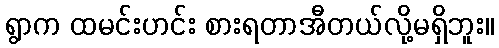
ရွာက ထမင်းဟင်း စားရတာအီတယ်လို့မရှိဘူး။